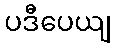
ပဒီပေယျ